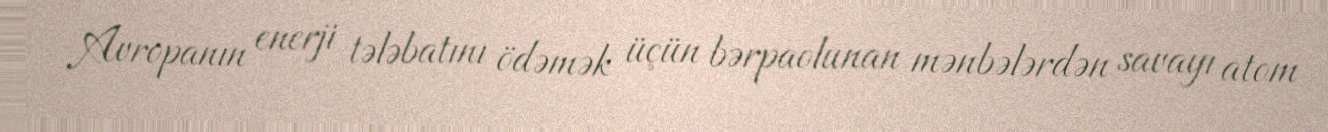
Avropanın enerji tələbatını ödəmək üçün bərpaolunan mənbələrdən savayı atom